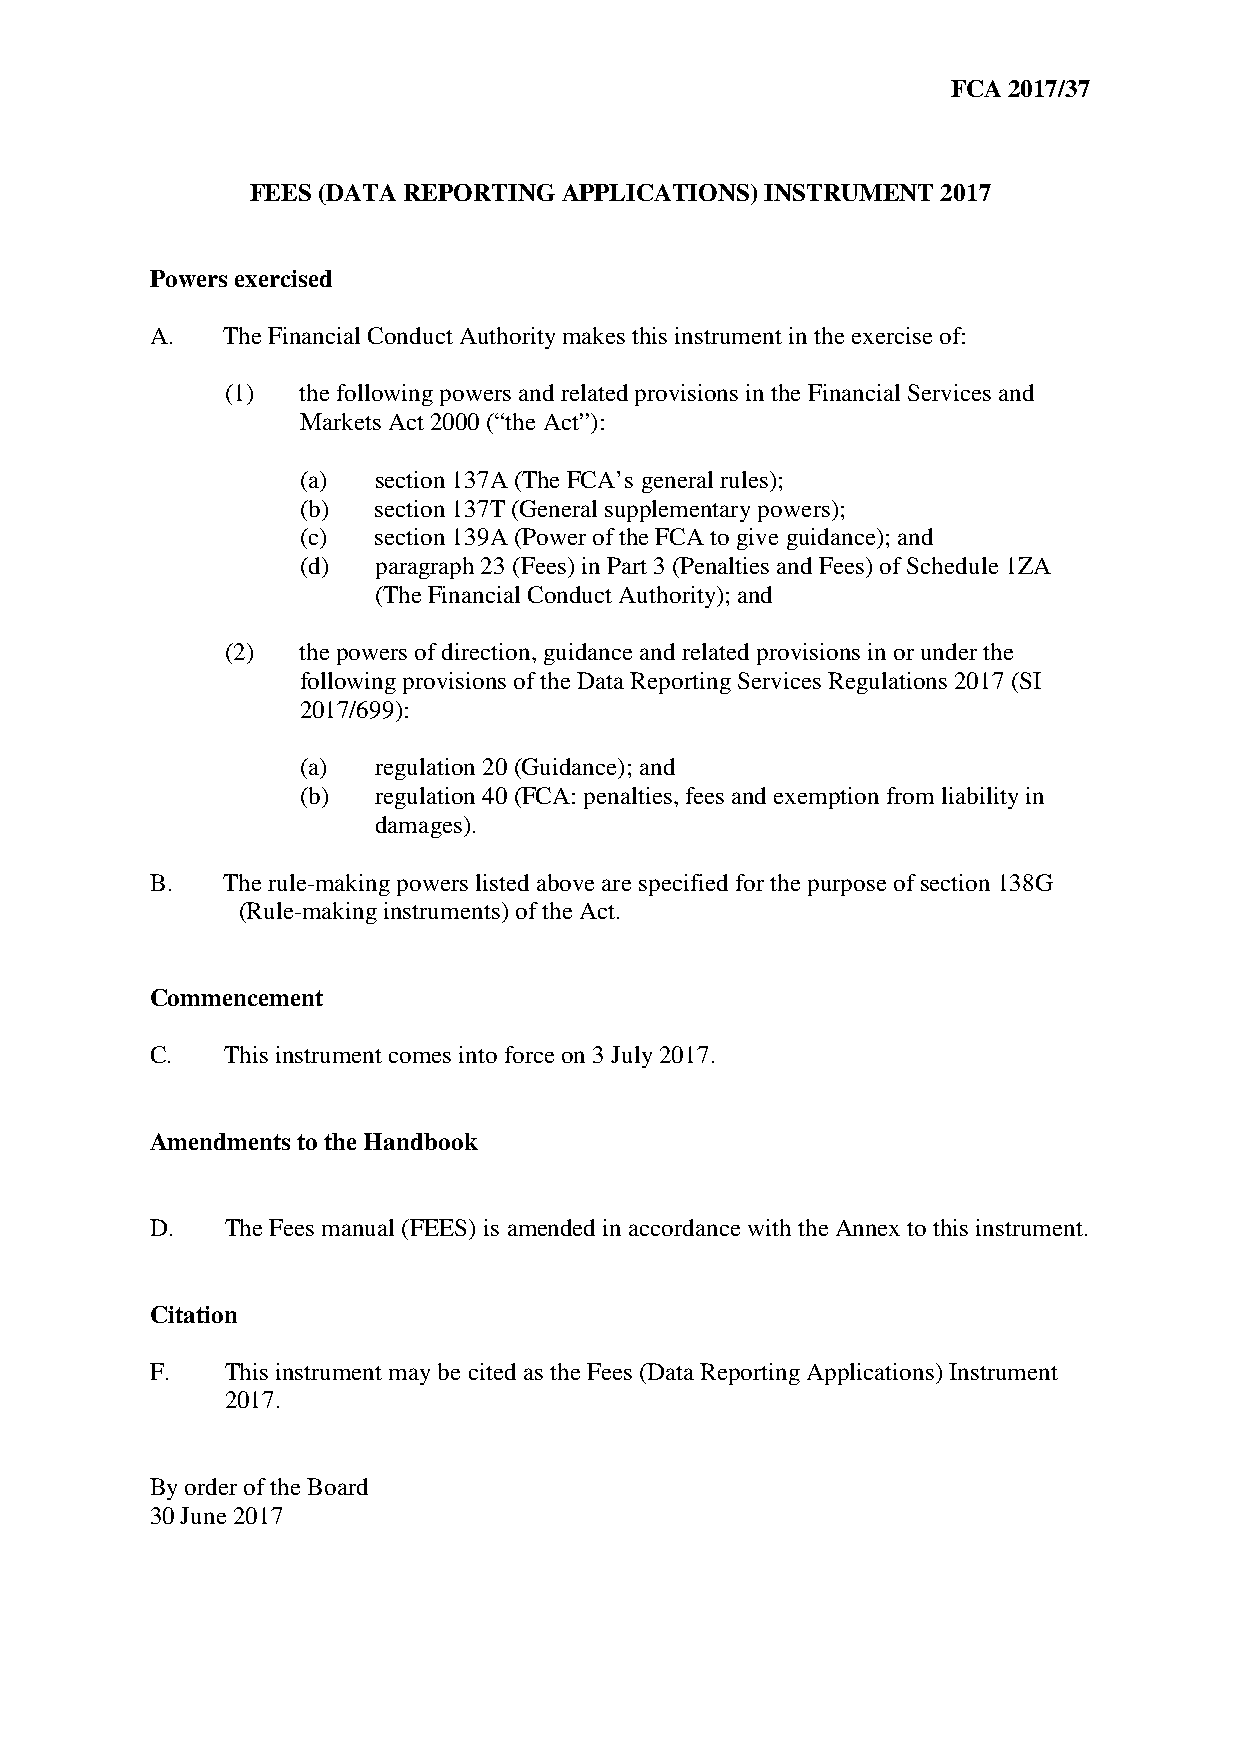
FCA 2017/37
 FEES (DATA REPORTING APPLICATIONS) INSTRUMENT 2017
 Powers exercised
 A.   The Financial Conduct Authority makes this instrument in the exercise of:
 (1)  the following powers and related provisions in the Financial Services and
 Markets Act 2000 (“the Act”):
 (a)  section 137A (The FCA’s general rules);
 (b)  section 137T (General supplementary powers);
 (c)  section 139A (Power of the FCA to give guidance); and
 (d)  paragraph 23 (Fees) in Part 3 (Penalties and Fees) of Schedule 1ZA
 (The Financial Conduct Authority); and
 (2)  the powers of direction, guidance and related provisions in or under the
 following provisions of the Data Reporting Services Regulations 2017 (SI
 2017/699):
 (a)  regulation 20 (Guidance); and
 (b)  regulation 40 (FCA: penalties, fees and exemption from liability in
 damages).
 B.   The rule-making powers listed above are specified for the purpose of section 138G
 (Rule-making instruments) of the Act.
 Commencement
 C.   This instrument comes into force on 3 July 2017.
 Amendments to the Handbook
 D.   The Fees manual (FEES) is amended in accordance with the Annex to this instrument.
 Citation
 F.   This instrument may be cited as the Fees (Data Reporting Applications) Instrument
 2017.
 By order of the Board
 30 June 2017